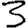
Digit: 3